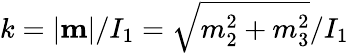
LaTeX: k=|{\mathbf m}|/I_{1}=\sqrt{m_{2}^{2}+m_{3}^{2}}/I_{1}